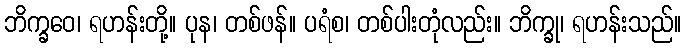
ဘိက္ခဝေ၊ ရဟန်းတို့။ ပုန၊ တစ်ဖန်။ ပရံစ၊ တစ်ပါးတုံလည်း။ ဘိက္ခု၊ ရဟန်းသည်။